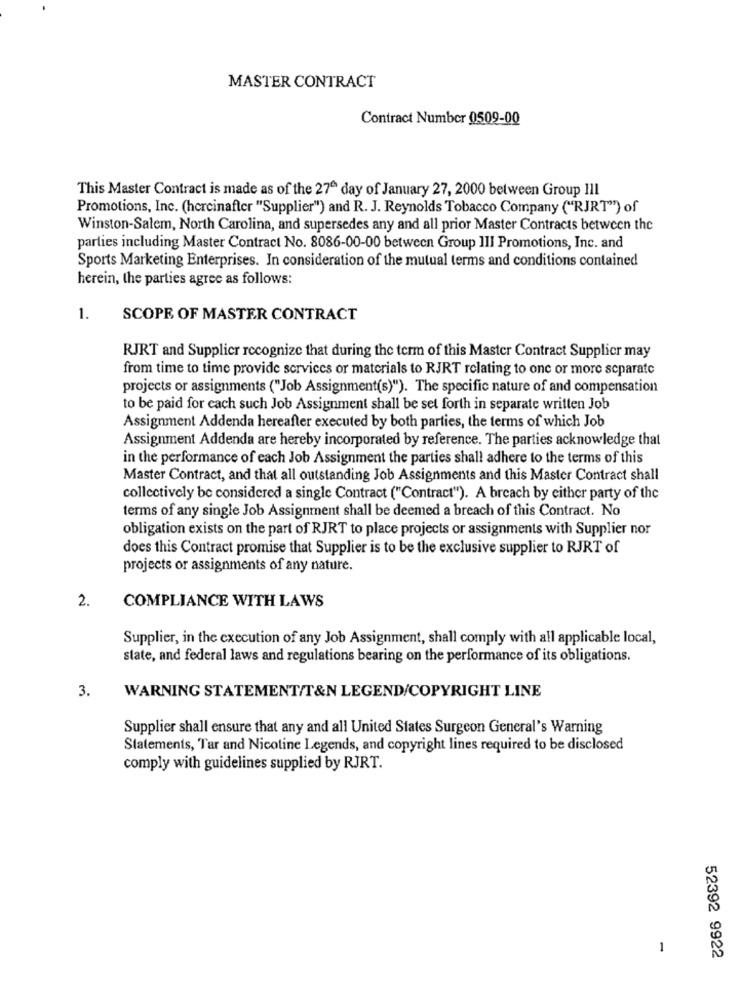
MASTER CONTRACT
Contract Number 0509-00
This Master Contract is made as of the 27º day of January 27, 2000 between Group Ill
Promotions, Inc. (hercinafter "Supplier") and R. J. Reynolds Tobacco Company ("RJRT"") of
Winston-Salem, North Carolina, and supersedes any and all prior Master Contracts between the
parties including Master Contract No. 8086-00-00 between Group III Promotions, Inc. and
Sports Marketing Enterprises. In consideration of the mutual terms and conditions contained
herein, the parties agree as follows:
1.
SCOPE OF MASTER CONTRACT
RJRT and Supplier recognize that during the term of this Master Contract Supplier may
from time to time provide services or materials to RJRT relating to one or more separate
projects or assignments ("Job Assignment(s)"). The specific nature of and compensation
to be paid for each such Job Assignment shall be set forth in separate written Job
Assignment Addenda hereafter executed by both parties, the terms of which Job
Assignment Addenda are hereby incorporated by reference. The parties acknowledge that
in the performance of each Job Assignment the parties shall adhere to the terms of this
Master Contract, and that all outstanding Job Assignments and this Master Contract shall
collectively be considered a single Contract ("Contract"). A breach by either party of the
terms of any single Job Assignment shall be deemed a breach of this Contract. No
obligation exists on the part of RJRT to place projects or assignments with Supplier nor
does this Contract promise that Supplier is to be the exclusive supplier to RJRT of
projects or assignments of any nature.
2.
COMPLIANCE WITH LAWS
Supplier, in the execution of any Job Assignment, shall comply with all applicable local,
state, and federal laws and regulations bearing on the performance of its obligations.
3.
WARNING STATEMENT/T&N LEGEND/COPYRIGHT LINE
Supplier shall ensure that any and all United States Surgeon General's Warning
Statements, Tar and Nicotine Legends, and copyright lines required to be disclosed
comply with guidelines supplied by RJRT.
1
52392 9922